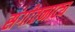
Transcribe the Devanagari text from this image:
संगीतनाट्य